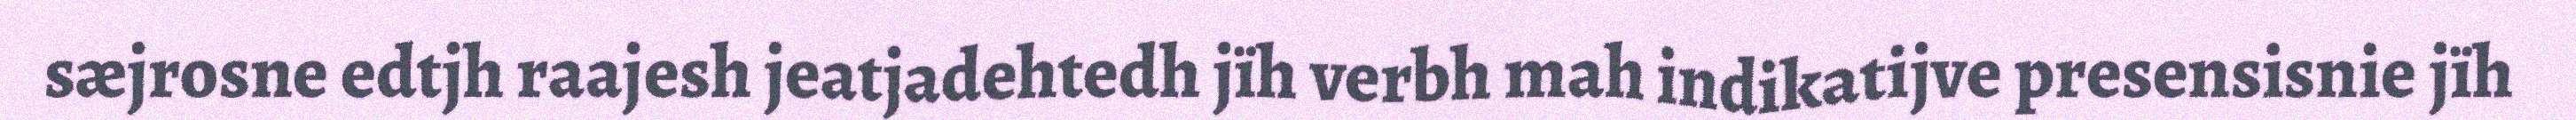
sæjrosne edtjh raajesh jeatjadehtedh jïh verbh mah indikatijve presensisnie jïh